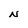
Character: N